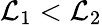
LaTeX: \mathcal{L}_{1}<\mathcal{L}_{2}